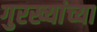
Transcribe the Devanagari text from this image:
गुरख्यांच्या